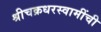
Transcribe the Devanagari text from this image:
श्रीचक्रधरस्वामींची